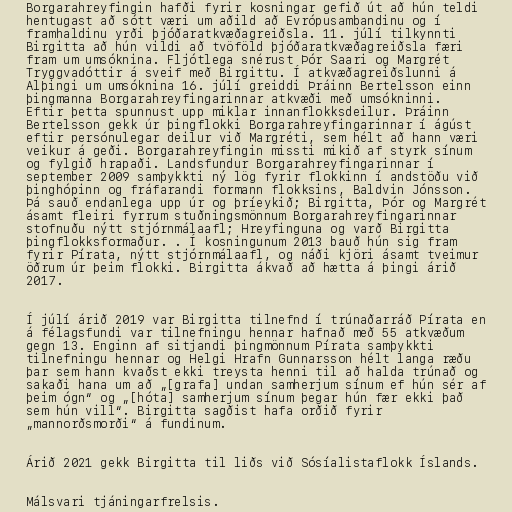
Borgarahreyfingin hafði fyrir kosningar gefið út að hún teldi
hentugast að sótt væri um aðild að Evrópusambandinu og í
framhaldinu yrði þjóðaratkvæðagreiðsla. 11. júlí tilkynnti
Birgitta að hún vildi að tvöföld þjóðaratkvæðagreiðsla færi
fram um umsóknina. Fljótlega snérust Þór Saari og Margrét
Tryggvadóttir á sveif með Birgittu. Í atkvæðagreiðslunni á
Alþingi um umsóknina 16. júlí greiddi Þráinn Bertelsson einn
þingmanna Borgarahreyfingarinnar atkvæði með umsókninni.
Eftir þetta spunnust upp miklar innanflokksdeilur. Þráinn
Bertelsson gekk úr þingflokki Borgarahreyfingarinnar í ágúst
eftir persónulegar deilur við Margréti, sem hélt að hann væri
veikur á geði. Borgarahreyfingin missti mikið af styrk sínum
og fylgið hrapaði. Landsfundur Borgarahreyfingarinnar í
september 2009 samþykkti ný lög fyrir flokkinn í andstöðu við
þinghópinn og fráfarandi formann flokksins, Baldvin Jónsson.
Þá sauð endanlega upp úr og þríeykið; Birgitta, Þór og Margrét
ásamt fleiri fyrrum stuðningsmönnum Borgarahreyfingarinnar
stofnuðu nýtt stjórnmálaafl; Hreyfinguna og varð Birgitta
þingflokksformaður. . Í kosningunum 2013 bauð hún sig fram
fyrir Pírata, nýtt stjórnmálaafl, og náði kjöri ásamt tveimur
öðrum úr þeim flokki. Birgitta ákvað að hætta á þingi árið
2017.

Í júlí árið 2019 var Birgitta tilnefnd í trúnaðarráð Pírata en
á félagsfundi var tilnefningu hennar hafnað með 55 atkvæðum
gegn 13. Enginn af sitjandi þingmönnum Pírata samþykkti
tilnefningu hennar og Helgi Hrafn Gunnarsson hélt langa ræðu
þar sem hann kvaðst ekki treysta henni til að halda trúnað og
sakaði hana um að „[grafa] undan samherjum sínum ef hún sér af
þeim ógn“ og „[hóta] samherjum sínum þegar hún fær ekki það
sem hún vill“. Birgitta sagðist hafa orðið fyrir
„mannorðsmorði“ á fundinum.

Árið 2021 gekk Birgitta til liðs við Sósíalistaflokk Íslands.

Málsvari tjáningarfrelsis.